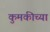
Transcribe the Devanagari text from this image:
कुमकीच्या